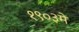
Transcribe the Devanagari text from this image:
१९०३में